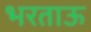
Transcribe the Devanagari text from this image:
भरताऊ